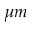
\mu m